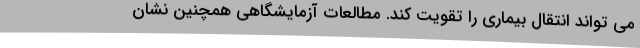
می تواند انتقال بیماری را تقویت کند. مطالعات آزمایشگاهی همچنین نشان